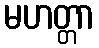
မဟတ္တာ